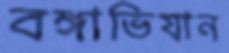
বঙ্গাভিযান